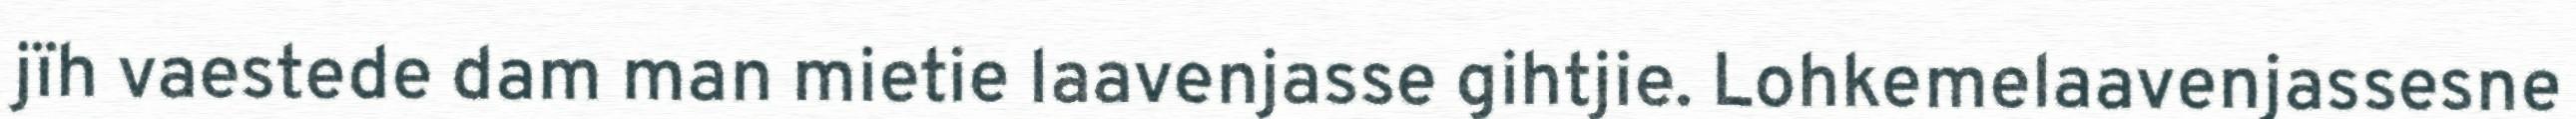
jïh vaestede dam man mietie laavenjasse gihtjie. Lohkemelaavenjassesne